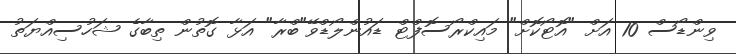
ވިންޑޯސް 10 އަށް "އޮޓޯކޮށް" މައިކްރޯސޮފްޓް ޑައުންލޯޑްވޭ"ބްރާ" އަޅާ ގޮތުން ތިބާގެ ޝަހުސިއްޔަތު